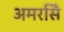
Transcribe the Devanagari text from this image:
अमरसिँ